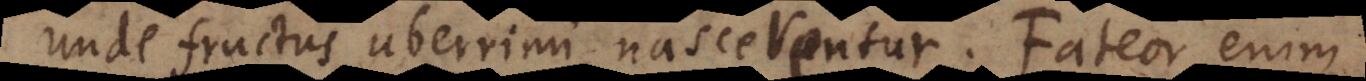
unde fructus uberrimi nascerentur. Fateor enim